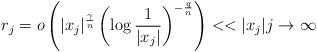
LaTeX: \begin{align*} r_j =o\left( |x_j|^{\frac{\gamma}{n}} \left(\log\frac{1}{|x_j|}\right)^{-\frac{q}{n}}\right)<<|x_j| j\to\infty \end{align*}